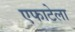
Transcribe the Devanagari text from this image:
एफाटेला